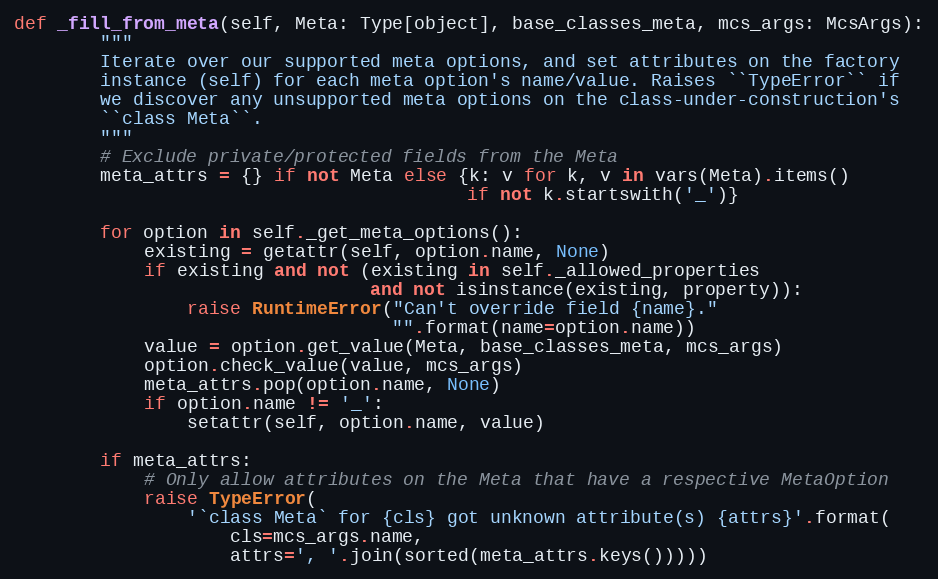
Language: Python
def _fill_from_meta(self, Meta: Type[object], base_classes_meta, mcs_args: McsArgs):
        """
        Iterate over our supported meta options, and set attributes on the factory
        instance (self) for each meta option's name/value. Raises ``TypeError`` if
        we discover any unsupported meta options on the class-under-construction's
        ``class Meta``.
        """
        # Exclude private/protected fields from the Meta
        meta_attrs = {} if not Meta else {k: v for k, v in vars(Meta).items()
                                          if not k.startswith('_')}

        for option in self._get_meta_options():
            existing = getattr(self, option.name, None)
            if existing and not (existing in self._allowed_properties
                                 and not isinstance(existing, property)):
                raise RuntimeError("Can't override field {name}."
                                   "".format(name=option.name))
            value = option.get_value(Meta, base_classes_meta, mcs_args)
            option.check_value(value, mcs_args)
            meta_attrs.pop(option.name, None)
            if option.name != '_':
                setattr(self, option.name, value)

        if meta_attrs:
            # Only allow attributes on the Meta that have a respective MetaOption
            raise TypeError(
                '`class Meta` for {cls} got unknown attribute(s) {attrs}'.format(
                    cls=mcs_args.name,
                    attrs=', '.join(sorted(meta_attrs.keys()))))